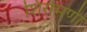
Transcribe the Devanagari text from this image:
शिरोमणी